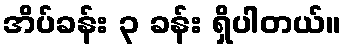
အိပ်ခန်း ၃ ခန်း ရှိပါတယ်။